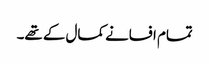
تمام افسانے کمال کے تھے۔